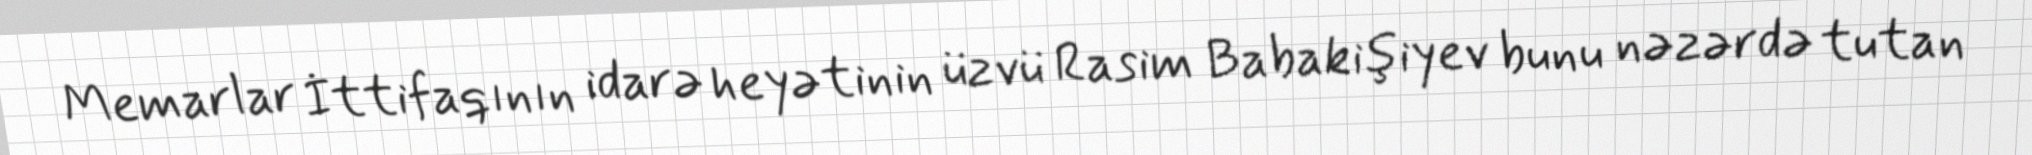
Memarlar İttifaqının idarə heyətinin üzvü Rasim Babakişiyev bunu nəzərdə tutan